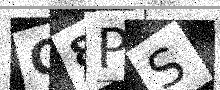
Text: G8PS